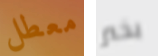
معطل بخير